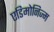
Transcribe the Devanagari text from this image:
एडिमोनिज्म